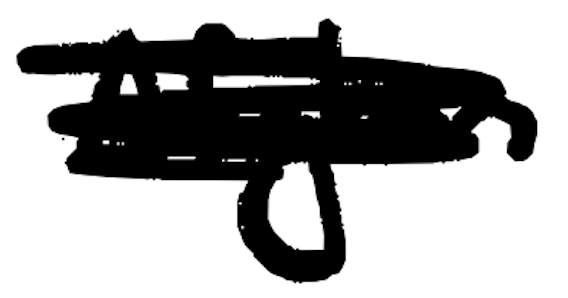
Text: Afghan
Cross-out: scratch
Writing tool: digital_black